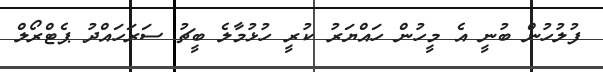
ފުލުހުން ބުނީ އެ މީހުން ހައްޔަރު ކުރީ ހުޅުމާލެ ބީޗު ސަރަހައްދު ޕެޓްރޯލް